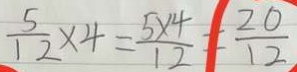
\frac { 5 } { 1 2 } \times 4 = \frac { 5 \times 4 } { 1 2 } = \frac { 2 0 } { 1 2 }